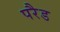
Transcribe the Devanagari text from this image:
परैड